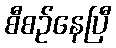
စီစဉ်နေပြီ